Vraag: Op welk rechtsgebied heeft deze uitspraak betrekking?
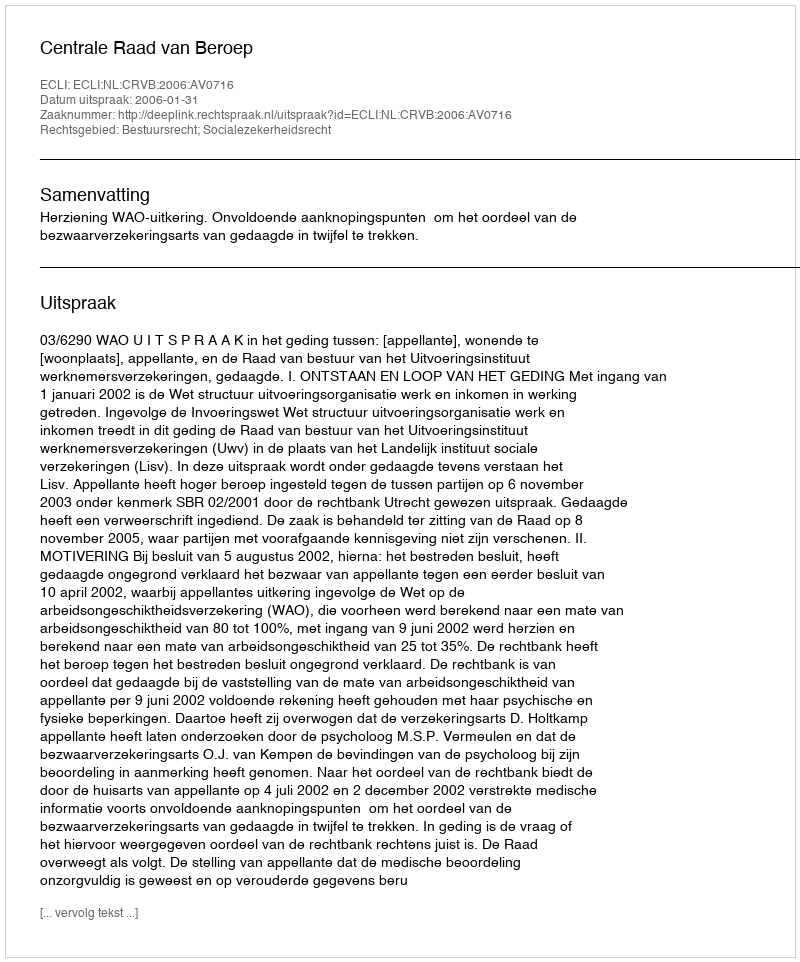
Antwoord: Bestuursrecht; Socialezekerheidsrecht